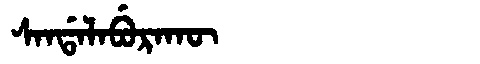
Manchu: ᠰᠠᠨᡩᠠᠯᠠᠪᡠᡵᠠᡴᡡ
Romanization: SANDALABURAKŪ